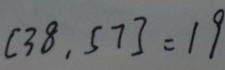
[ 3 8 , 5 7 ] = 1 9